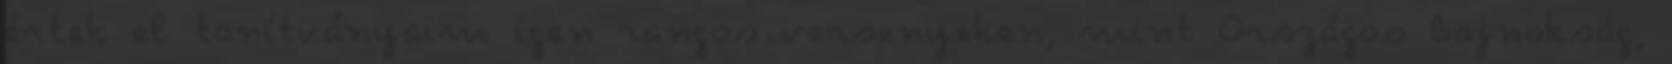
értek el tanítványaim igen rangos versenyeken, mint Országos Bajnokság,